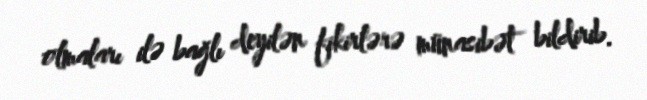
olmaları ilə bağlı deyilən fikirlərə münasibət bildirib.